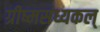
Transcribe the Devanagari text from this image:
ग्रीष्मसंध्यकल्